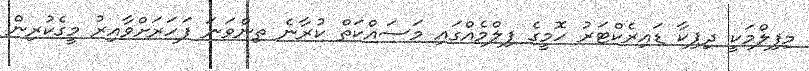
މިފިލްމަކީ ދިޕިކާ ޑައިރެކްޓަރު ހޮމީގެ ފިލްމެއްގައި މަސައްކަތް ކުރާނެ ތިންވަނަ ފަހަރަށްވާއިރު މީގެކުރިން